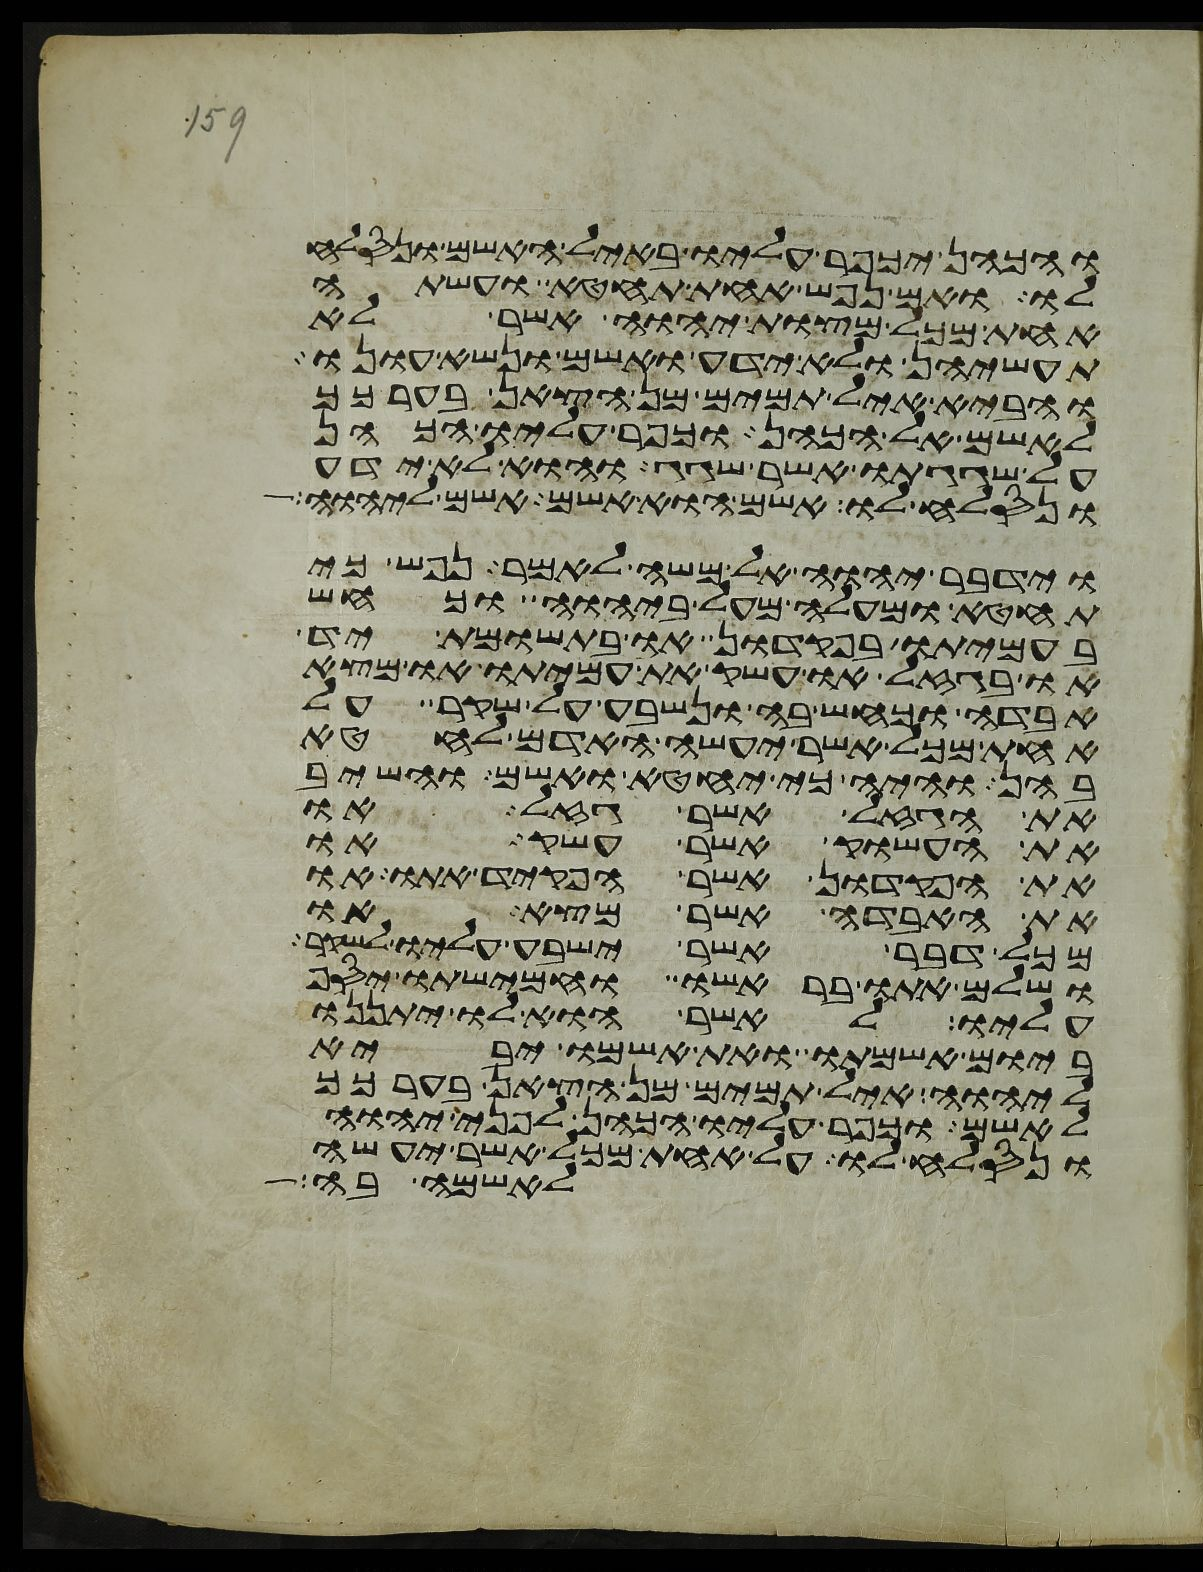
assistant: והכהן יכפר עליו באיל האשם ונסלח
לו ואם נפש אחת תחטא ועשתה
אחת מכל מצות יהוה אשר לא
תעשיהן ולא ידע ואשם ונשא עונו
והביא איל תמים מן הצאן בערכך
לאשם אל הכהן וכפר עליו הכהן
על שגגתו אשר שגג והוא לא ידע
ונסלח לו אשם הוא אשם אשם ליהוה
וידבר יהוה אל משה לאמר נפש כי
תחטא ומעלה מעל ביהוה וכחש
בעמיתו בפקדון או בתשומת יד
או בגזל או עשק את עמיתו או מצא
אבדה וכחש בה ונשבע על שקר על
אחת מכל אשר יעשה האדם לחטא
בהן והיה כי יחטא ואשם והשיב
את הגזל אשר גזל או
את העשוק אשר עשק או
את הפקדון אשר הפקד אתו או
את האבדה אשר מצא או
מכל דבר אשר ישבע עליו לשקר
ושלם אתו בראשו וחמישתו יסף
עליו לאשר הוא לו יתננו
ביום אשמתו ואת אשמו יביא
ליהוה איל תמים מן הצאן בערכך
לאשם וכפר עליו הכהן לפני יהוה
ונסלח לו על אחת מכל אשר יעשה
לאשמה בה